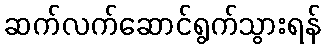
ဆက်လက်ဆောင်ရွက်သွားရန်